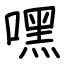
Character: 嘿